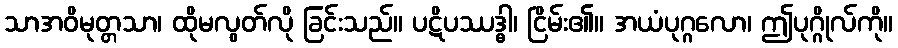
သာအဝိမုတ္တသာ၊ ထိုမလွတ်လို ခြင်းသည်။ ပဋိပဿဒ္ဓါ၊ ငြိမ်း၏။ အယံပုဂ္ဂလော၊ ဤပုဂ္ဂိုလ်ကို။